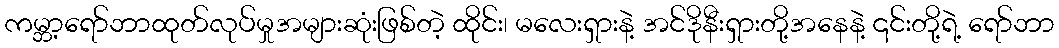
ကမ္ဘာ့ရော်ဘာထုတ်လုပ်မှုအများဆုံးဖြစ်တဲ့ ထိုင်း၊ မလေးရှားနဲ့ အင်ဒိုနီးရှားတို့အနေနဲ့ ၎င်းတို့ရဲ့ ရော်ဘာ